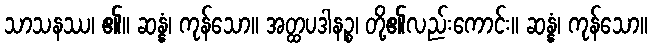
သာသနဿ၊ ၏။ ဆန္နံ၊ ကုန်သော။ အတ္ထပဒါနဉ္စ၊ တို့၏လည်းကောင်း။ ဆန္နံ၊ ကုန်သော။